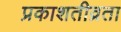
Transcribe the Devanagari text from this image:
प्रकाशतीव्रता